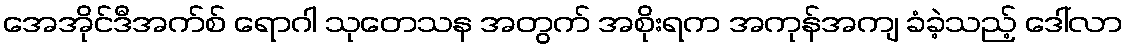
အေအိုင်ဒီအက်စ် ရောဂါ သုတေသန အတွက် အစိုးရက အကုန်အကျ ခံခဲ့သည့် ဒေါ်လာ